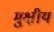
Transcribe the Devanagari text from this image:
मुक्षीय